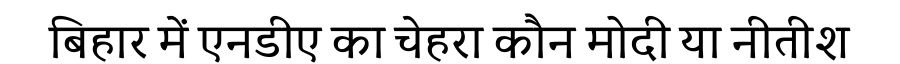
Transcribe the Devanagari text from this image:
बिहार में एनडीए का चेहरा कौन मोदी या नीतीश